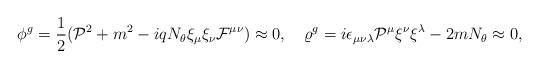
LaTeX: \begin{align*}\phi^g=\frac{1}{2}({\cal P}^2+m^2-iqN_\theta\xi_\mu\xi_\nu{\cal F}^{\mu\nu})\approx 0,\quad\varrho^g=i\epsilon_{\mu\nu\lambda}{\cal P}^\mu\xi^\nu\xi^\lambda-2mN_\theta\approx 0,\end{align*}